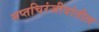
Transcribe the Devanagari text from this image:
सप्तचिरंजीवांतील